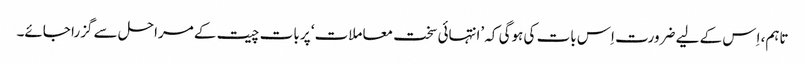
تاہم، اِس کے لیے ضرورت اِس بات کی ہوگی کہ ’انتہائی سخت معاملات‘ پر بات چیت کے مراحل سے گزرا جائے۔